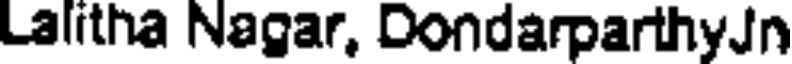
Lalitha Nagar, DondarparthyJn